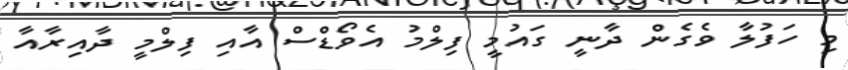
މި ހަފުލާ ވެގެން ދާނީ ގައުމީ ފިލްމު އެވޯޑްސް އާއި ފިލްމީ ދާއިރާއާ